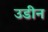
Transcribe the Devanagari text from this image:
उडीन